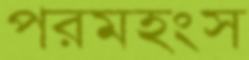
পরমহংস